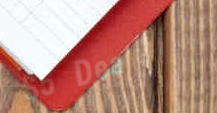
$5 Deal